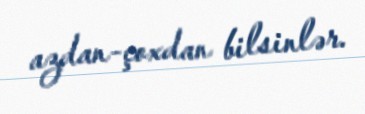
azdan-çoxdan bilsinlər.